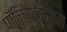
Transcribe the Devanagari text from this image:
पॉलिएडेमाइन